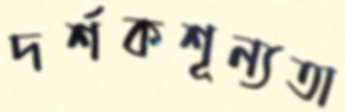
দর্শকশূন্যতা